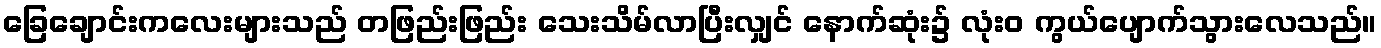
ခြေချောင်းကလေးများသည် တဖြည်းဖြည်း သေးသိမ်လာပြီးလျှင် နောက်ဆုံး၌ လုံးဝ ကွယ်ပျောက်သွားလေသည်။